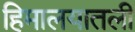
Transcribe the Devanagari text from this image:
हिमालयातली